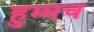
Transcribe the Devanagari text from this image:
हुम्मच